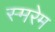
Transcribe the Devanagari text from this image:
स्मरेम